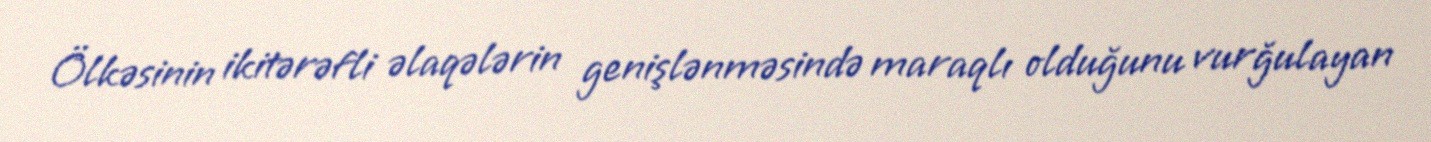
Ölkəsinin ikitərəfli əlaqələrin genişlənməsində maraqlı olduğunu vurğulayan